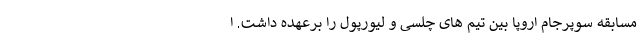
مسابقه سوپرجام اروپا بین تیم های چلسی و لیورپول را برعهده داشت. ا